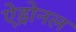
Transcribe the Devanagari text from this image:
ऐड्रोनल